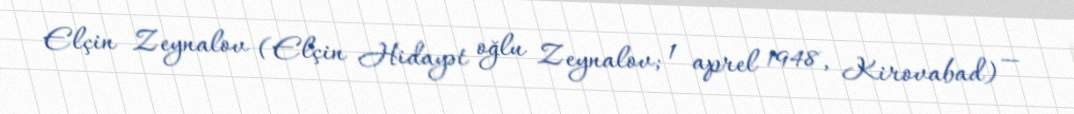
Elçin Zeynalov (Elçin Hidayət oğlu Zeynalov; 1 aprel 1948, Kirovabad) —